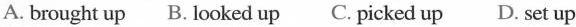
A. brought up B. looked up C. Picked up D. set up